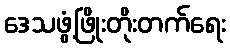
ဒေသဖွံ့ဖြိုးတိုးတက်ရေး